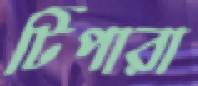
টিপারা